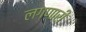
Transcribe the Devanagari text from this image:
लगणारी